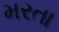
મરતા